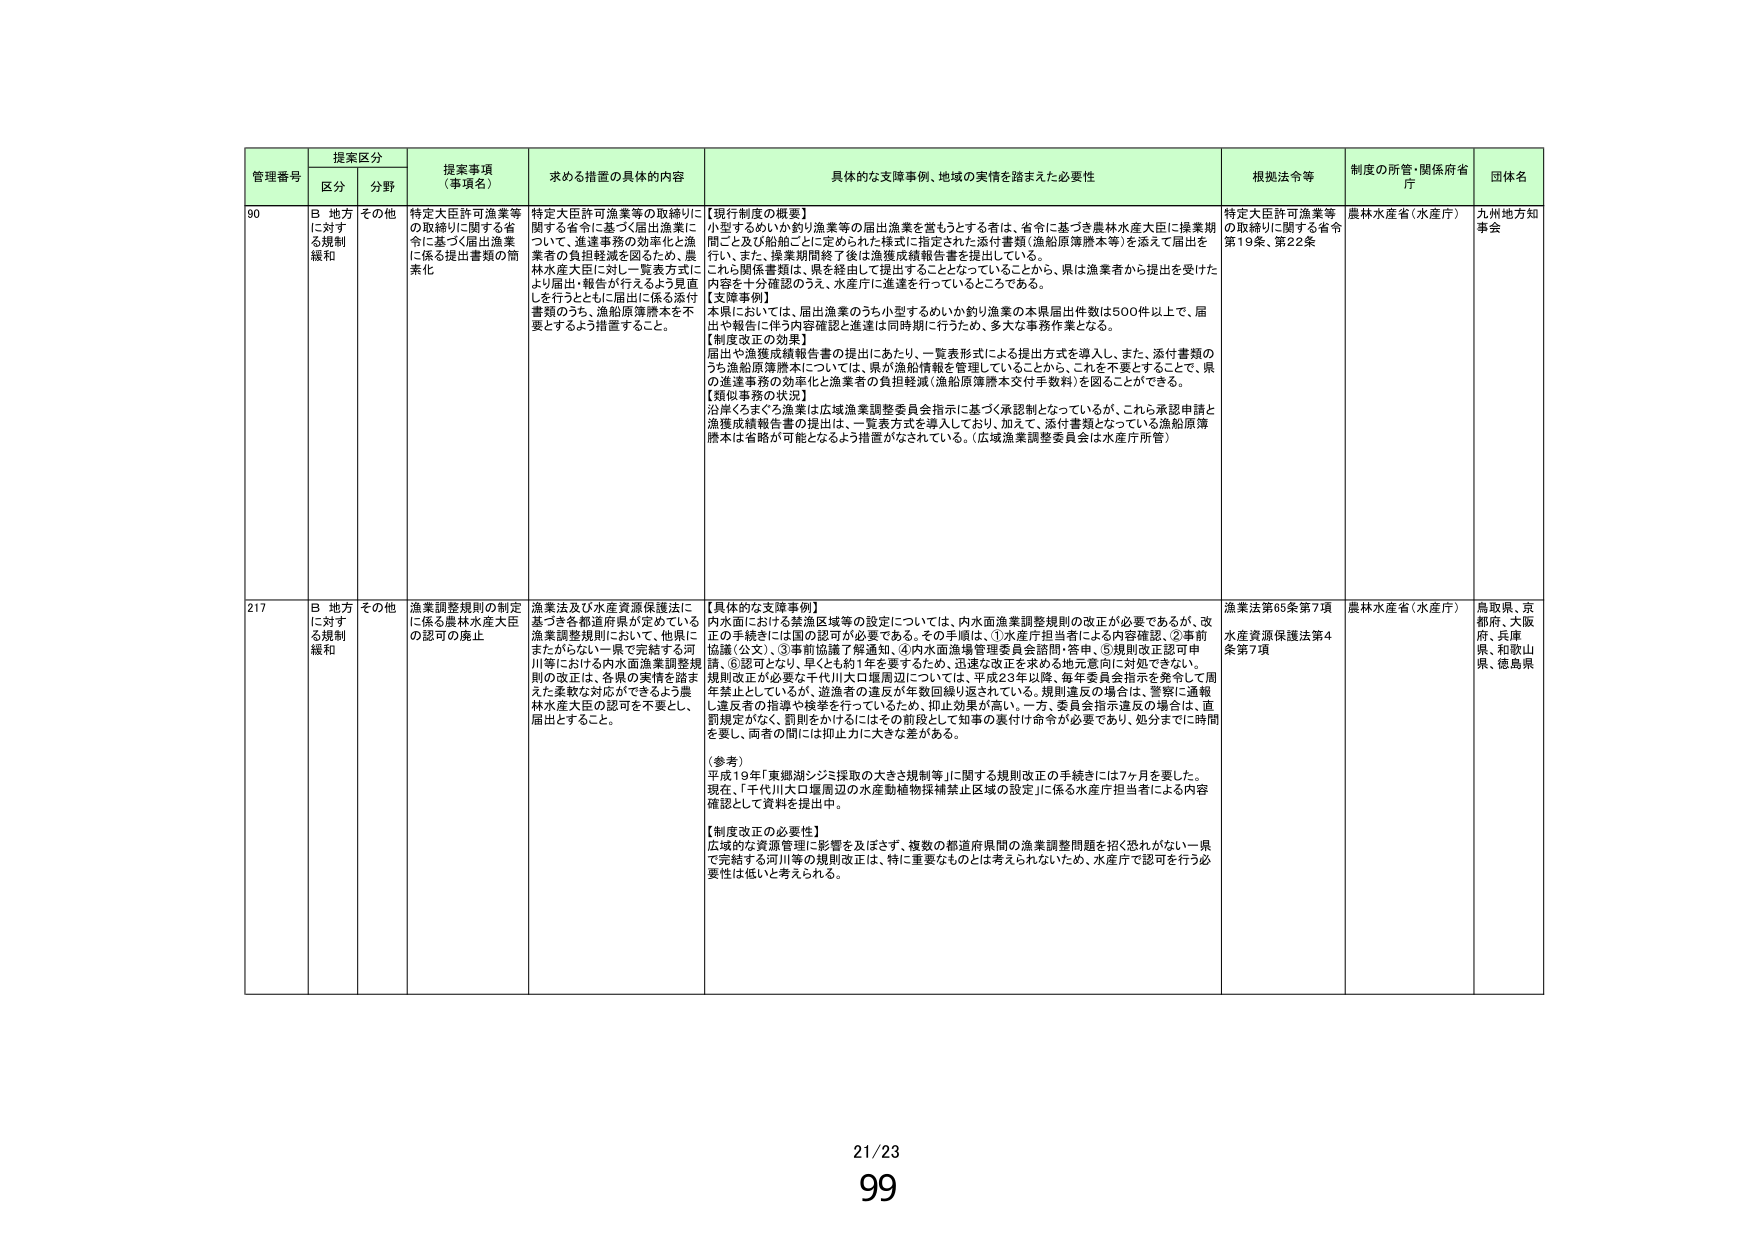
管理番号 提案区分 提案事項（事項名） 求める措置の具体的内容 具体的な支障事例、地域の実情を踏まえた必要性 根拠法令等 制度の所管・関係府省庁 団体名
区分 分野
90 B 地方に対する規制緩和 その他 特定大臣許可漁業等の取締りに関する省令に基づく届出漁業に係る提出書類の簡素化 特定大臣許可漁業等の取締りに関する省令に基づく届出漁業に関して、連達事務の効率化と漁業者の負担軽減を図るため、農林水産大臣に対し一覧表方式により届出・報告が行えるよう見直しを行うとともに届出に係る添付書類のうち、漁船原簿謄本を不要とするよう措置すること。 【現行制度の概要】 小型するめいか釣り漁業等の届出漁業を営もうとする者は、省令に基づき農林水産大臣に操業期間ごと及び船舶ごとに定められた様式に指定された添付書類（漁船原簿謄本等）を添えて届出を行い、また、操業期間終了後は漁獲成績報告書を提出している。 これら関係書類は、県を経由して提出することとなっていることから、県は漁業者から提出を受けた内容を十分確認のうえ、水産庁に連達を行っているところである。 【支障事例】 本県においては、届出漁業のうち小型するめいか釣り漁業の本県届出件数は500件以上で、届出や報告に伴う内容確認と連達は同時期に行うため、多大な事務作業となる。 【制度改正の効果】 届出や漁獲成績報告書の提出にあたり、一覧表形式による提出方式を導入し、また、添付書類のうち漁船原簿謄本については、県が漁船情報を管理していることから、これを不要とすることで、県の連達事務の効率化と漁業者の負担軽減（漁船原簿謄本交付手数料）を図ることができる。 【類似事務の状況】 沿岸くまもと漁業は広域漁業調整委員会指示に基づく承認制となっているが、これら承認申請と漁獲成績報告書の提出は、一覧表方式を導入しており、加えて、添付書類となっている漁船原簿謄本は省略が可能となるよう措置がなされている。（広域漁業調整委員会は水産庁所管） 特定大臣許可漁業等の取締りに関する省令第19条、第22条 農林水産省（水産庁） 九州地方知事会
217 B 地方に対する規制緩和 その他 漁業調整規則の制定に係る農林水産大臣の認可の廃止 漁業法及び水産資源保護法に基づき各都道府県が定めている漁業調整規則において、他県にまたがらない一県で完結する河川等における内水面漁業調整規則の改正は、各県の実情を踏まえた柔軟な対応ができるよう農林水産大臣の認可を不要とし、届出とすること。 【具体的な支障事例】 内水面における禁漁区域等の設定については、内水面漁業調整規則の改正が必要であるが、改正の手続きには国の認可が必要である。その手順は、①水産庁担当者による内容確認、②事前協議（公文）、③事前協議了解通知、④内水面漁場管理委員会諮問・答申、⑤規則改正認可申請、⑥認可となり、早くとも約1年を要するため、迅速な改正を求める地元意向に対処できない。 規則改正が必要な千代川大口堰周辺については、平成23年以降、毎年委員会指示を発令して周年禁止としているが、違反者が年数回繰り返されている。規則違反の場合は、警察に通報し違反者の指導や検挙を行っているため、抑止効果が高い。一方、委員会指示違反の場合は、直罰規定がなく、罰則をかけるにはその前段として知事の裏付け命令が必要であり、処分までに時間を要し、両者の間には抑止力に大きな差がある。 （参考） 平成19年「東郷湖シジミ採取の大きさ規制等」に関する規則改正の手続きには7ヶ月を要した。現在、「千代川大口堰周辺の水産動植物採捕禁止区域の設定」に係る水産庁担当者による内容確認として資料を提出中。 【制度改正の必要性】 広域的な資源管理に影響を及ぼさず、複数の都道府県間の漁業調整問題を招く恐れがない一県で完結する河川等の規則改正は、特に重要なものとは考えられないため、水産庁で認可を行う必要性は低いと考えられる。 漁業法65条第7項 水産資源保護法第4条第7項 農林水産省（水産庁） 鳥取県、京都府、大阪府、兵庫県、和歌山県、徳島県
21/23 99